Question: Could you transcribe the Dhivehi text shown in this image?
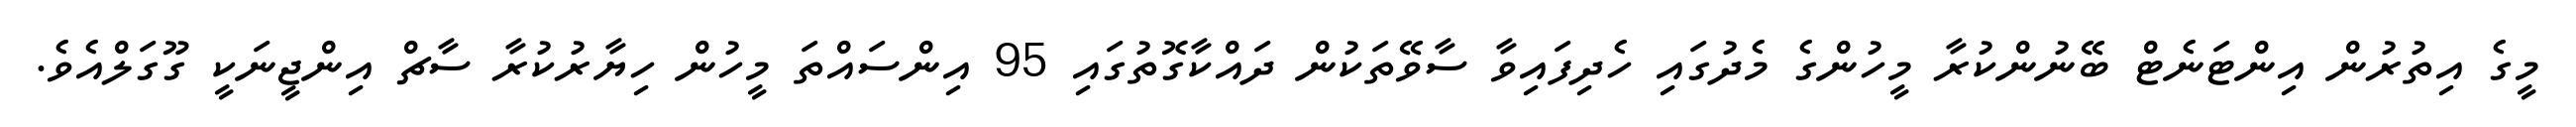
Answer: މީގެ އިތުރުން އިންޓަނެޓް ބޭނުންކުރާ މީހުންގެ މެދުގައި ހެދިފައިވާ ސާވޭތަކުން ދައްކާގޮތުގައި 95 އިންސައްތަ މީހުން ހިޔާރުކުރާ ސާޗް އިންޖީނަކީ ގޫގަލްއެވެ.